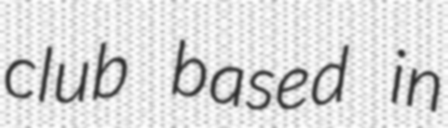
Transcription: club based in